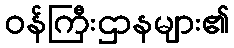
ဝန်ကြီးဌာနများ၏